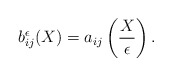
\begin{align*} b_{ij}^\epsilon(X) = a_{ij}\left ( \frac{X}{\epsilon} \right ). \end{align*}